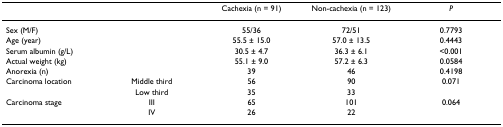
<table><thead><tr><td></td><td></td><td><b>Cachexia (n = 91)</b></td><td><b>Non-cachexia (n = 123)</b></td><td><b><i>P</i></b></td></tr></thead><tbody><tr><td colspan="2">Sex (M/F)</td><td>55/36</td><td>72/51</td><td>0.7793</td></tr><tr><td colspan="2">Age (year)</td><td>55.5 ± 15.0</td><td>57.0 ± 13.5</td><td>0.4443</td></tr><tr><td colspan="2">Serum albumin (g/L)</td><td>30.5 ± 4.7</td><td>36.3 ± 6.1</td><td>&lt;0.001</td></tr><tr><td colspan="2">Actual weight (kg)</td><td>55.1 ± 9.0</td><td>57.2 ± 6.3</td><td>0.0584</td></tr><tr><td colspan="2">Anorexia (n)</td><td>39</td><td>46</td><td>0.4198</td></tr><tr><td>Carcinoma location</td><td>Middle third</td><td>56</td><td>90</td><td>0.071</td></tr><tr><td></td><td>Low third</td><td>35</td><td>33</td><td></td></tr><tr><td>Carcinoma stage</td><td>III</td><td>65</td><td>101</td><td>0.064</td></tr><tr><td></td><td>IV</td><td>26</td><td>22</td><td></td></tr></tbody></table>